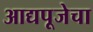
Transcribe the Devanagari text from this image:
आद्यपूजेचा